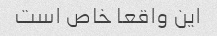
این واقعا خاص است